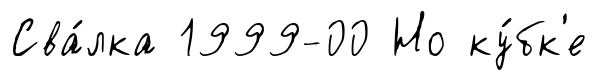
Сва́лка 1999-00 Но ку́бк'е